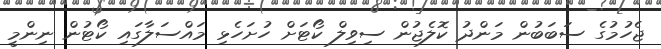
ޖެހުމުގެ ސަބަބުން މަންދު ކޮލެޖުން ސިވިލް ކޯޓަށް ހުށަހެޅި މައްސަލާގައި ކޯޓުން ނިންމީ